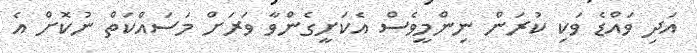
އަދި ވައްޑެ ވަކި ކުރަން ނިންމީވެސް އެކަށީގެންވާ ވަރަށް މަސައްކަތް ނުކޮށް އެ